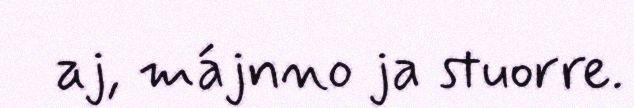
aj, májnno ja stuorre.